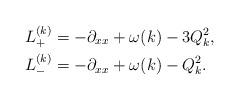
LaTeX: \begin{align*} &L_{+}^{(k)} = - \partial_{xx} + \omega(k) - 3 Q_k^2 , \\&L_-^{(k)} = - \partial_{xx} + \omega(k) - Q_k^2. \end{align*}